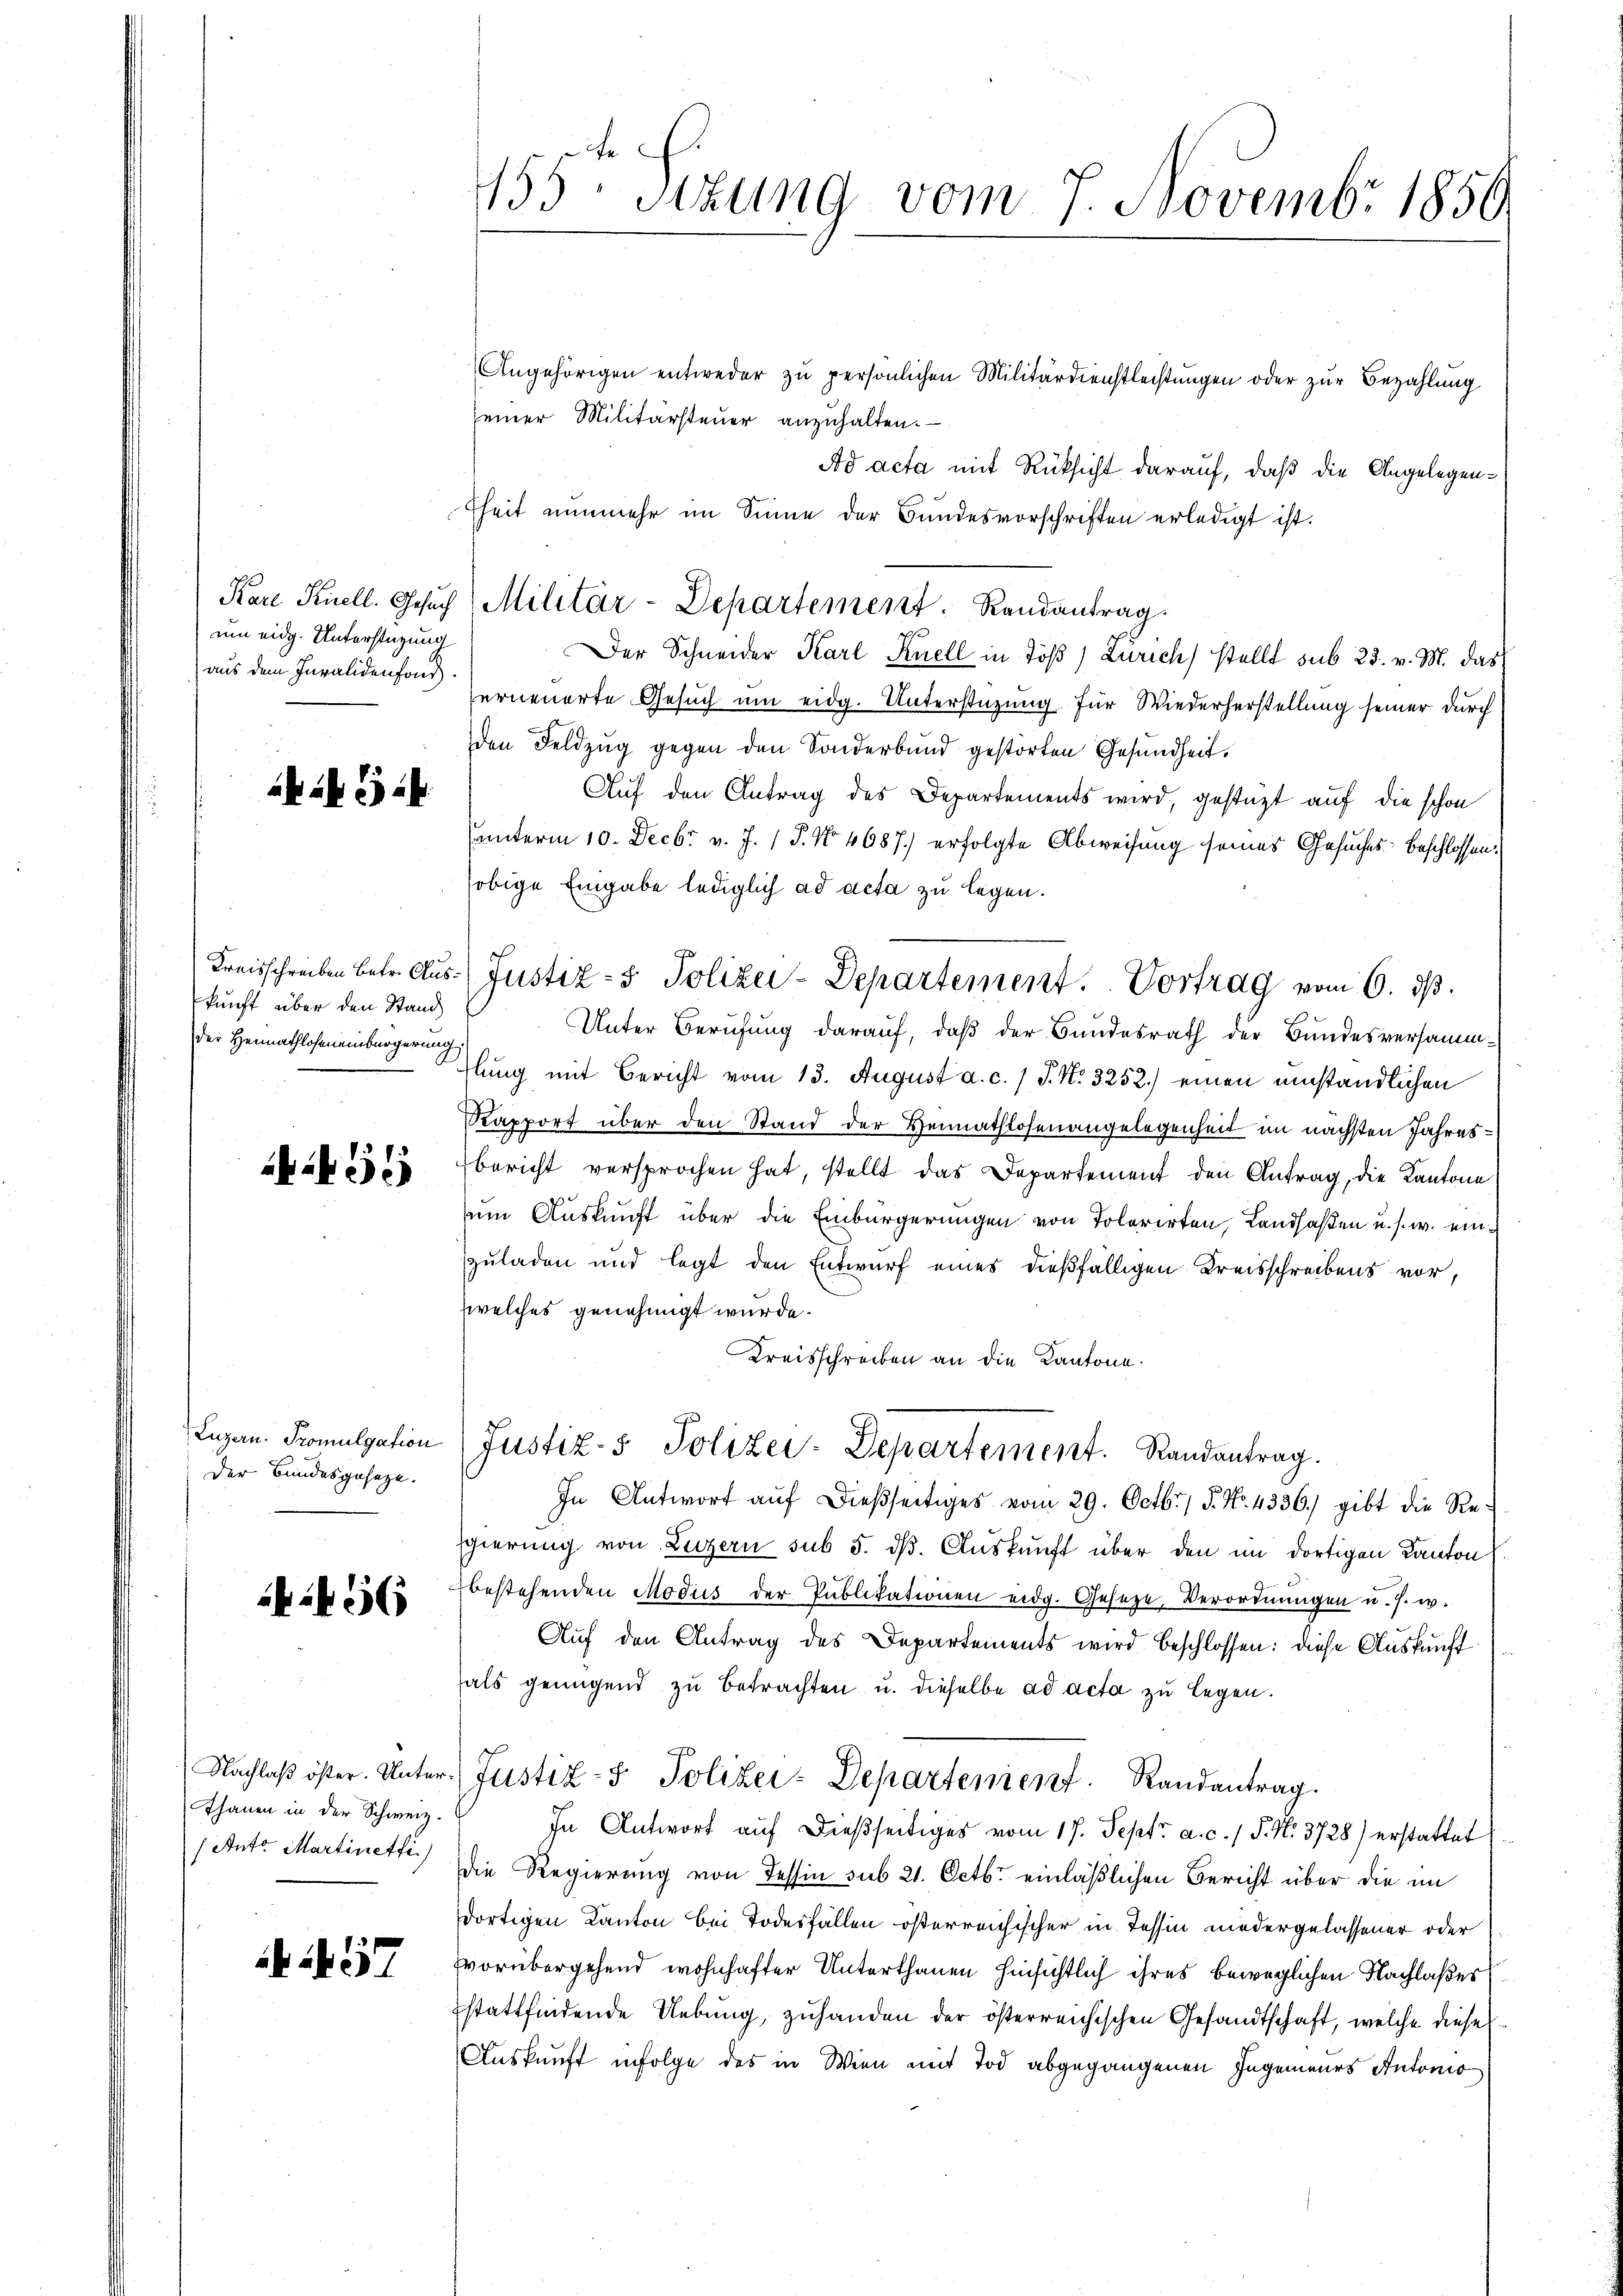
um eidg. Unterstüzung
aus dem Invalidenfond.

ak ab 1

kunft über den Stand
der Heimathloheneinbürgerung

59

Luzern. Promulgation
Der Bundesgeseze.

56

Thanen in der Schweiz.
(Ant. Martinetti)

N 57

155te Sitzung vom 7. Novembr 1850

Angehörigen entweder zu persönlichen Militärdienstlechtungen oder zur Bezahlung
einer Militärsteuer anzuhalten.
Ad acta mit Rüksicht darauf, daß die Angelegenfheit nunmehr im Sinne der Bundesvorschriften erledigt ist.
Der Schneider Karl Knell in Töß) Zürich stellt sub 23. v. M. das
erneuerte Gesuch um eidg. Unterstüzung für Wiederherstellung seiner durch
den Feldzug gegen den Sonderbund gestörten Gesundheit.
Auf den Antrag des Departements wird, gestüzt auf die schon
unterm 10. Decbr v. J. P. No. 4687.) erfolgte Abweisung seines Gesuches Beschlossen:
obige Eingabe lediglich ad acta zu legen.
Unter Berufung darauf, daβ der Bundesrath der Bundesversamm-
hlung mit Bericht vom 13. August a. c. 1 J. N. 3252.) einen umständlichen
Kapport über den Stand der Heimathlosenangelegenheit im nächsten Jahresbericht versprochen hat, stellt das Departement den Antrag, die Kantone
um Auskunft über die Einbürgerungen von Tolorirten, Landsassen u. s. w. einzuladen und legt den Entwurf eines dießfälligen Kreisschreibens vor,
welches genehmigt wurde.
Kreisschreiben an die Kantone.
Justiz- & Polizei-Departement. Randantrag.
In Antwort auf dießseitiges vom 29. Octbr. / 5. No. 4336. gibt die Regierung von Luzern sub 5. dß. Auskunft über den im dortigen Kanton
bestehenden Modus der Publikationen eidg. Geseze, Verordnungen u. s. w.
Auf den Antrag des Departements wird beschlossen: diese Auskunft
hals genügend zu betrachten u. dieselbe ad acta zu legen.
Nachlaβ öster. Unter Justiz- & Polizei-Departenient. Randantrag.
In Antwort auf dießseitiges vom 17. Sept. a. c. 1 S. No. 3728) erstattet
Die Regierung von Tessin sub 21. Octbr. einläßlichen Bericht über die im
dortigen Kanton bei Todesfällen österreichischer in Tessin niedergelassener oder
vorübergehend wohnhafter Unterthanen hinsichtlich ihres beweglichen Nachlaßes
stattfindende Uebung, zuhanden der österreichischen Gesandtschaft, welche diese
Auskunft infolge des in Wien mit Tod abgegangenen Ingenieurs Antonio

Kare Knell. Gesŭch Militär-Departement. Randantrag.

Kreisschreiben betr. Aus- Justiz- & Polizei-Departement. Vortrag vom 6. ds.